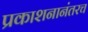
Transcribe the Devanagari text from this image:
प्रकाशनानंतरच